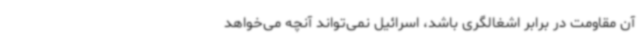
آن مقاومت در برابر اشغالگری باشد، اسرائیل نمی‌تواند آنچه می‌خواهد